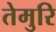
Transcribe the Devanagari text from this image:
तेमुरि